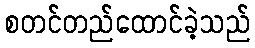
စတင်တည်ထောင်ခဲ့သည်